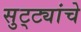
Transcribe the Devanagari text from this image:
सुट्ट्यांचे